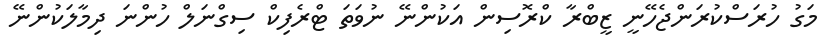
މަގު ހުރަސްކުރަންޖެހޭނީ ޒީބްރާ ކްރޮސިން އަކުންނޭ ނުވަތަ ޓްރެފިކް ސިގްނަލް ހުންނަ ދިމާލަކުންނޭ